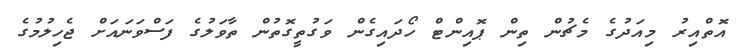
އޮތްއިރު މިއަދުގެ މެޗުން ތިން ޕޮއިންޓް ހޯދައިގެން ވަގުތީގޮތުން ތާވަލުގެ ފަސްވަނައަށް ޖެހިލުމުގެ